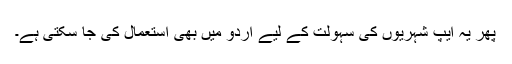
پھر یہ ایپ شہریوں کی سہولت کے لیے اردو میں بھی استعمال کی جا سکتی ہے۔